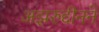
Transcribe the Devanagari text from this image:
अझरुद्दीनने